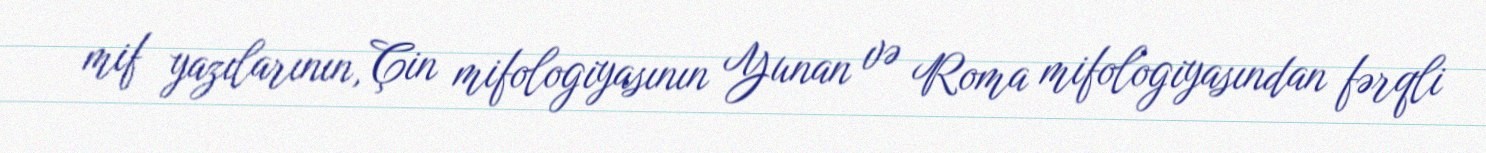
mif yazılarının, Çin mifologiyasının Yunan və Roma mifologiyasından fərqli